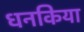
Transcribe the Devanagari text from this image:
धनकिया